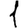
Digit: 1